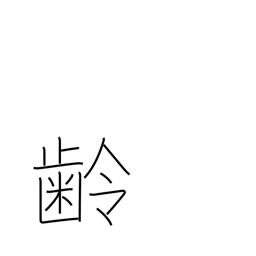
Meaning: age